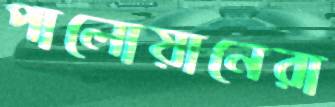
পালোয়ানেরা